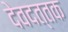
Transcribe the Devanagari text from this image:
देवदत्तक